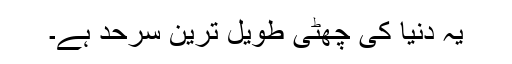
یہ دنیا کی چھٹی طویل ترین سرحد ہے۔